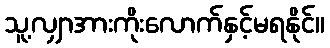
သူ့လျှာအားကိုးလောက်နှင့်မရနိုင်။